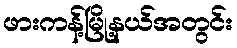
ဖားကန့်မြို့နယ်အတွင်း